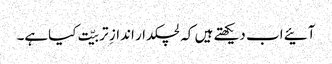
آئیے اب دیکھتے ہیں کہ لچکدار اندازِ تربیّت کیاہے۔